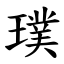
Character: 璞